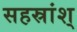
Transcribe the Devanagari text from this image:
सहस्रांश्